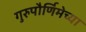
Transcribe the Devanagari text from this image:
गुरुपौर्णिमेच्या